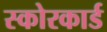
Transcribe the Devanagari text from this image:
स्‍कोरकार्ड